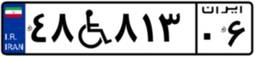
۴۸W۸۱۳۰۶